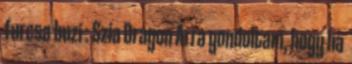
furcsa buzi : Szia Dragon Arra gondoltam, hogy ha